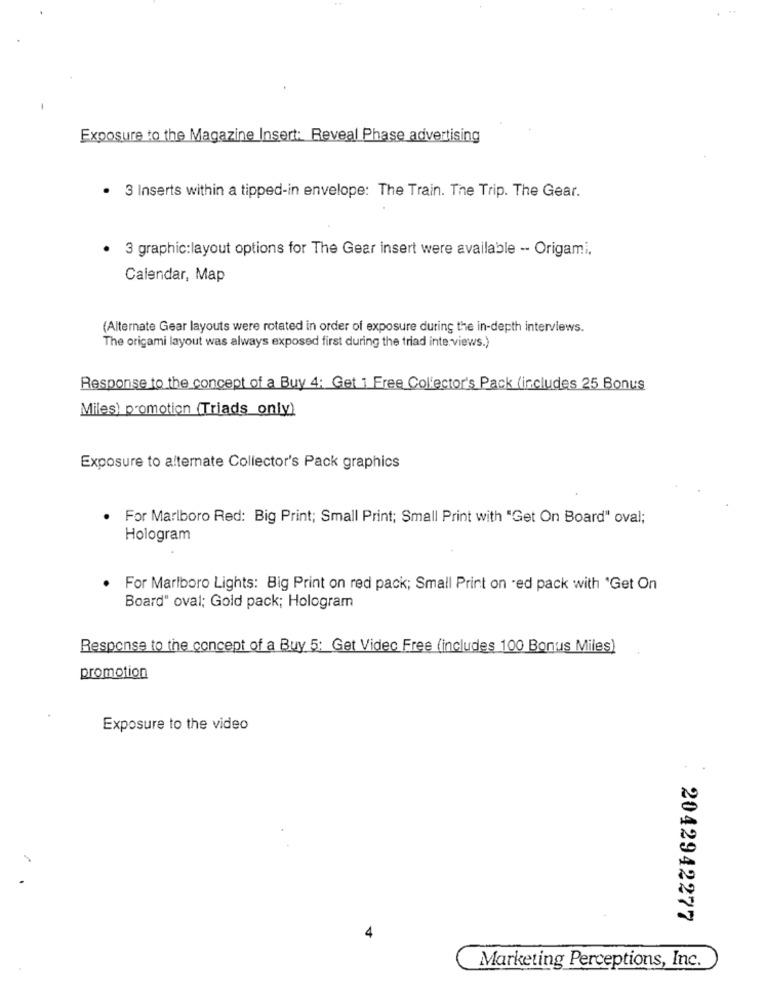
Exposure to the Magazine Insert: Reveal Phase advertising
3 Inserts within a tipped-in envelope: The Train. The Trip. The Gear.
· 3 graphic:layout options for The Gear insert were available -- Origami.
Calendar, Map
(Alternate Gear layouts were rotated in order of exposure during the in-depth interviews.
The origami layout was always exposed first during the triad inte views.)
Response to the concept of a Buy 4: Get 1 Free Collector's Pack (includes 25 Bonus
Miles) promotion (Triads only)
Exposure to alternate Collector's Pack graphics
For Marlboro Red: Big Print; Small Print; Small Print with "Get On Board" oval;
Hologram
. For Marlboro Lights: Big Print on red pack; Small Print on -ed pack with "Get On
Board" oval; Gold pack; Hologram
Response to the concept of a Buy 5: Get Videc Free (includes 100 Bonus Miles)
promotion
Exposure to the video
2042942277
4
Marketing Perceptions, Inc.